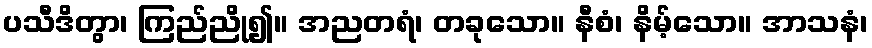
ပသီဒိတွာ၊ ကြည်ညို၍။ အညတရံ၊ တခုသော။ နီစံ၊ နိမ့်သော။ အာသနံ၊